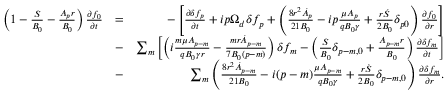
\begin{array} { r l r } { \left( 1 - \frac { S } { B _ { 0 } } - \frac { A _ { p } r } { B _ { 0 } } \right) \frac { \partial f _ { 0 } } { \partial t } } & { = } & { - \left[ \frac { \partial \delta f _ { p } } { \partial t } + i p \Omega _ { d } \delta f _ { p } + \left( \frac { 8 r ^ { 2 } \dot { A } _ { p } } { 2 1 B _ { 0 } } - i p \frac { \mu A _ { p } } { q B _ { 0 } \gamma } + \frac { r \dot { S } } { 2 B _ { 0 } } \delta _ { p 0 } \right) \frac { \partial f _ { 0 } } { \partial r } \right] } \\ & { - } & { \sum _ { m } \left[ \left( i \frac { m \mu A _ { p - m } } { q B _ { 0 } \gamma r } - \frac { m r \dot { A } _ { p - m } } { 7 B _ { 0 } ( p - m ) } \right) \delta f _ { m } - \left( \frac { S } { B _ { 0 } } \delta _ { p - m , 0 } + \frac { A _ { p - m } r } { B _ { 0 } } \right) \frac { \partial \delta f _ { m } } { \partial t } \right] } \\ & { - } & { \sum _ { m } \left( \frac { 8 r ^ { 2 } \dot { A } _ { p - m } } { 2 1 B _ { 0 } } - i ( p - m ) \frac { \mu A _ { p - m } } { q B _ { 0 } \gamma } + \frac { r \dot { S } } { 2 B _ { 0 } } \delta _ { p - m , 0 } \right) \frac { \partial \delta f _ { m } } { \partial r } . } \end{array}